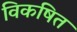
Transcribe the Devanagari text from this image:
विकषित